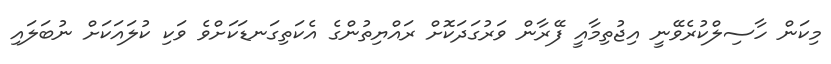
މިކަން ހާސިލްކުރެވޭނީ އިޖުތިމާއީ ފޭރާން ވަރުގަދަކޮށް ރައްޔިތުންގެ އެކަތިގަނޑަކަށްވެ ވަކި ކުލައަކަށް ނުބަލައި